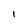
Character: I